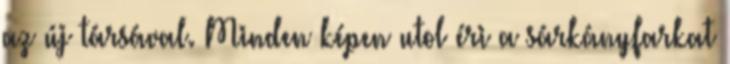
az új társával. Minden képen utol éri a sárkányfarkat